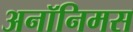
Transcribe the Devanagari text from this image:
अनॉनिमस